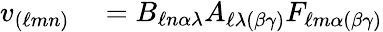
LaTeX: \begin{array}{rl}{v_{(\ell mn)}}&{{}=B_{\ell n\alpha\lambda}A_{\ell\lambda(\beta\gamma)}F_{\ell m\alpha(\beta\gamma)}}\end{array}